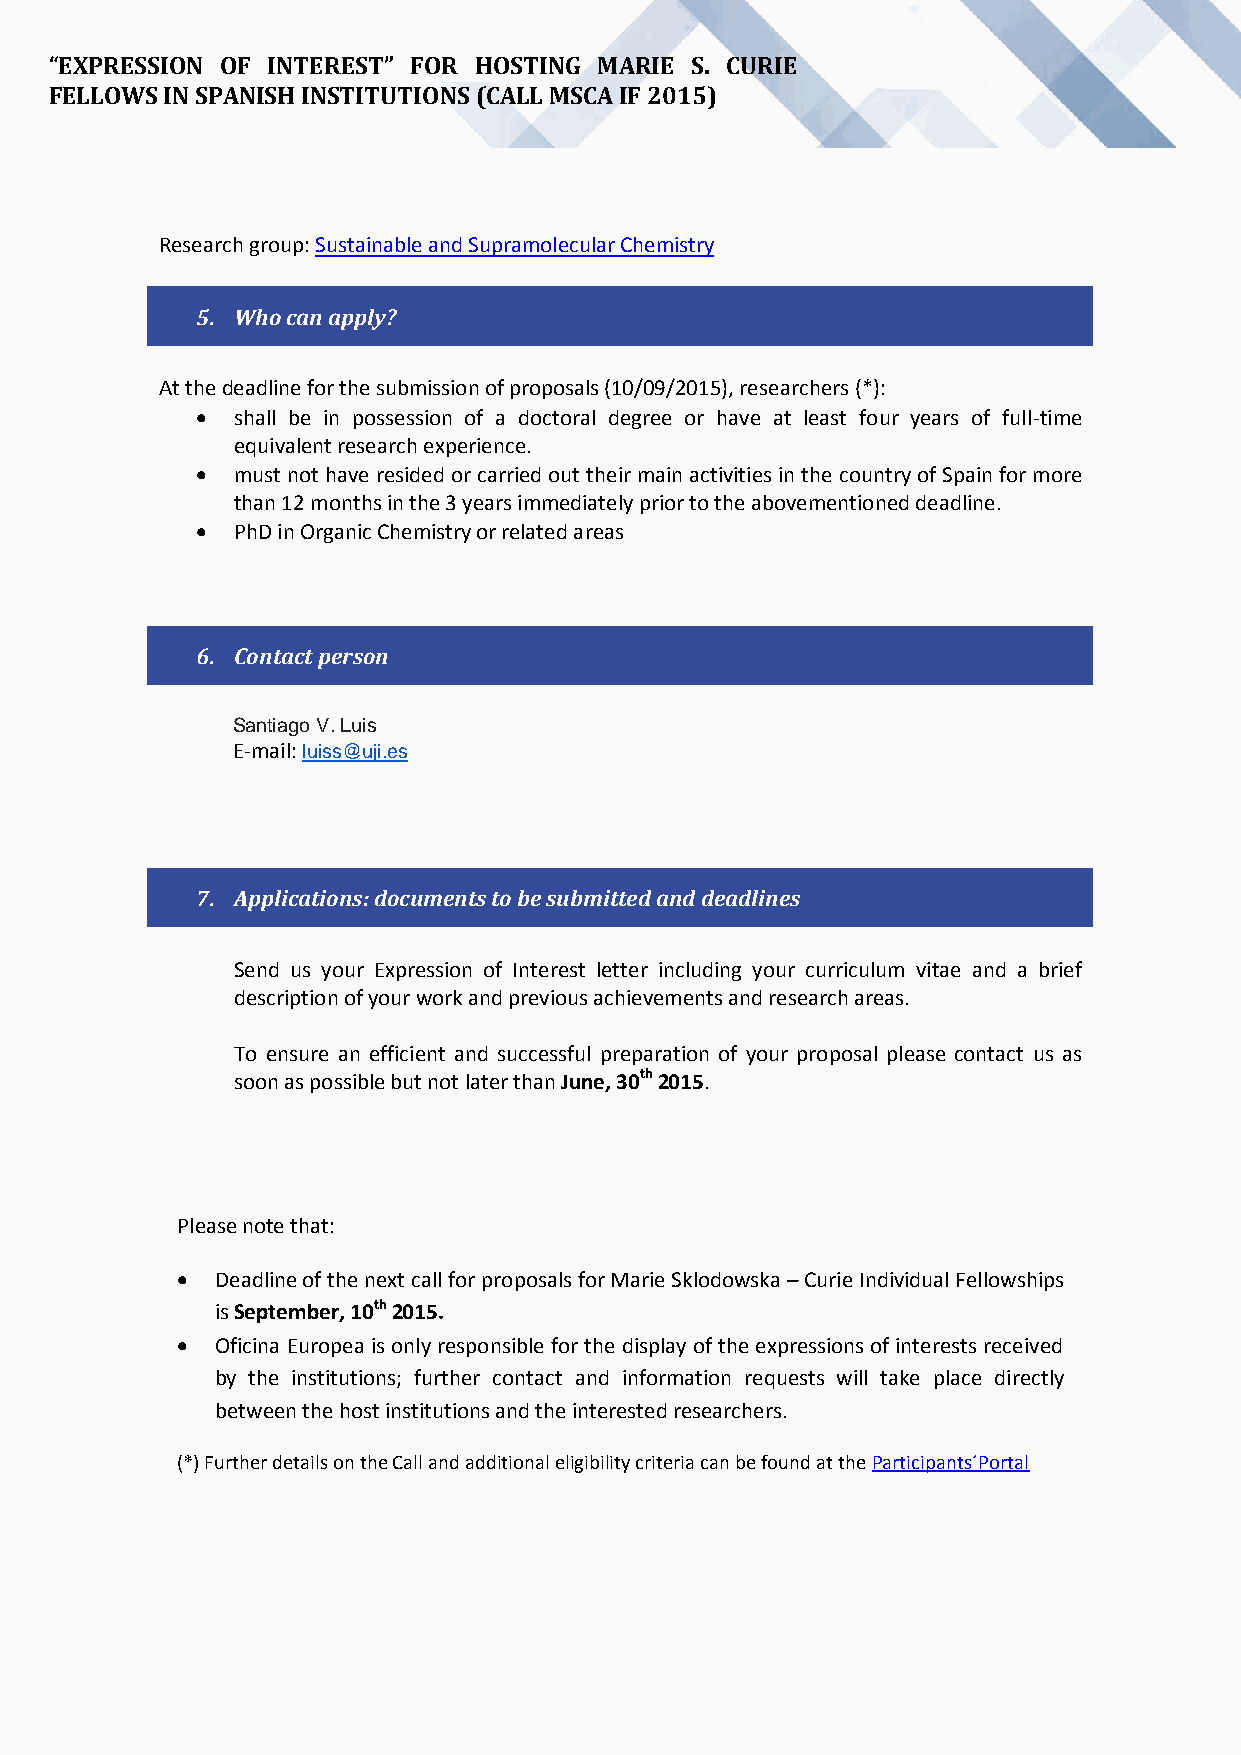
“EXPRESSION OF INTEREST” FOR HOSTING MARIE S. CURIE
 FELLOWS IN SPANISH INSTITUTIONS (CALL MSCA IF 2015)
 Research group: Sustainable and Supramolecular Chemistry
 5. Who can apply?
 At the deadline for the submission of proposals (10/09/2015), researchers (*):
  shall be in possession of a doctoral degree or have at least four years of full-time
 equivalent research experience.
  must not have resided or carried out their main activities in the country of Spain for more
 than 12 months in the 3 years immediately prior to the abovementioned deadline.
  PhD in Organic Chemistry or related areas
 6. Contact person
 Santiago V. Luis
 E-mail: luiss@uji.es
 7. Applications: documents to be submitted and deadlines
 Send us your Expression of Interest letter including your curriculum vitae and a brief
 description of your work and previous achievements and research areas.
 To ensure an efficient and successful preparation of your proposal please contact us as
 soon as possible but not later than June, 30th 2015.
 Please note that:
  Deadline of the next call for proposals for Marie Sklodowska – Curie Individual Fellowships
 is September, 10th 2015.
  Oficina Europea is only responsible for the display of the expressions of interests received
 by the institutions; further contact and information requests will take place directly
 between the host institutions and the interested researchers.
 (*) Further details on the Call and additional eligibility criteria can be found at the Participants´Portal